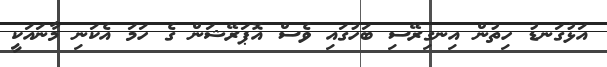
އަޅުގަނޑު ހިތުން އިނގިރޭސި ބަހުގައި ވެސް އޮޕަރޭޝަން ގެ ހަމަ އެކަނި މާނައަކީ